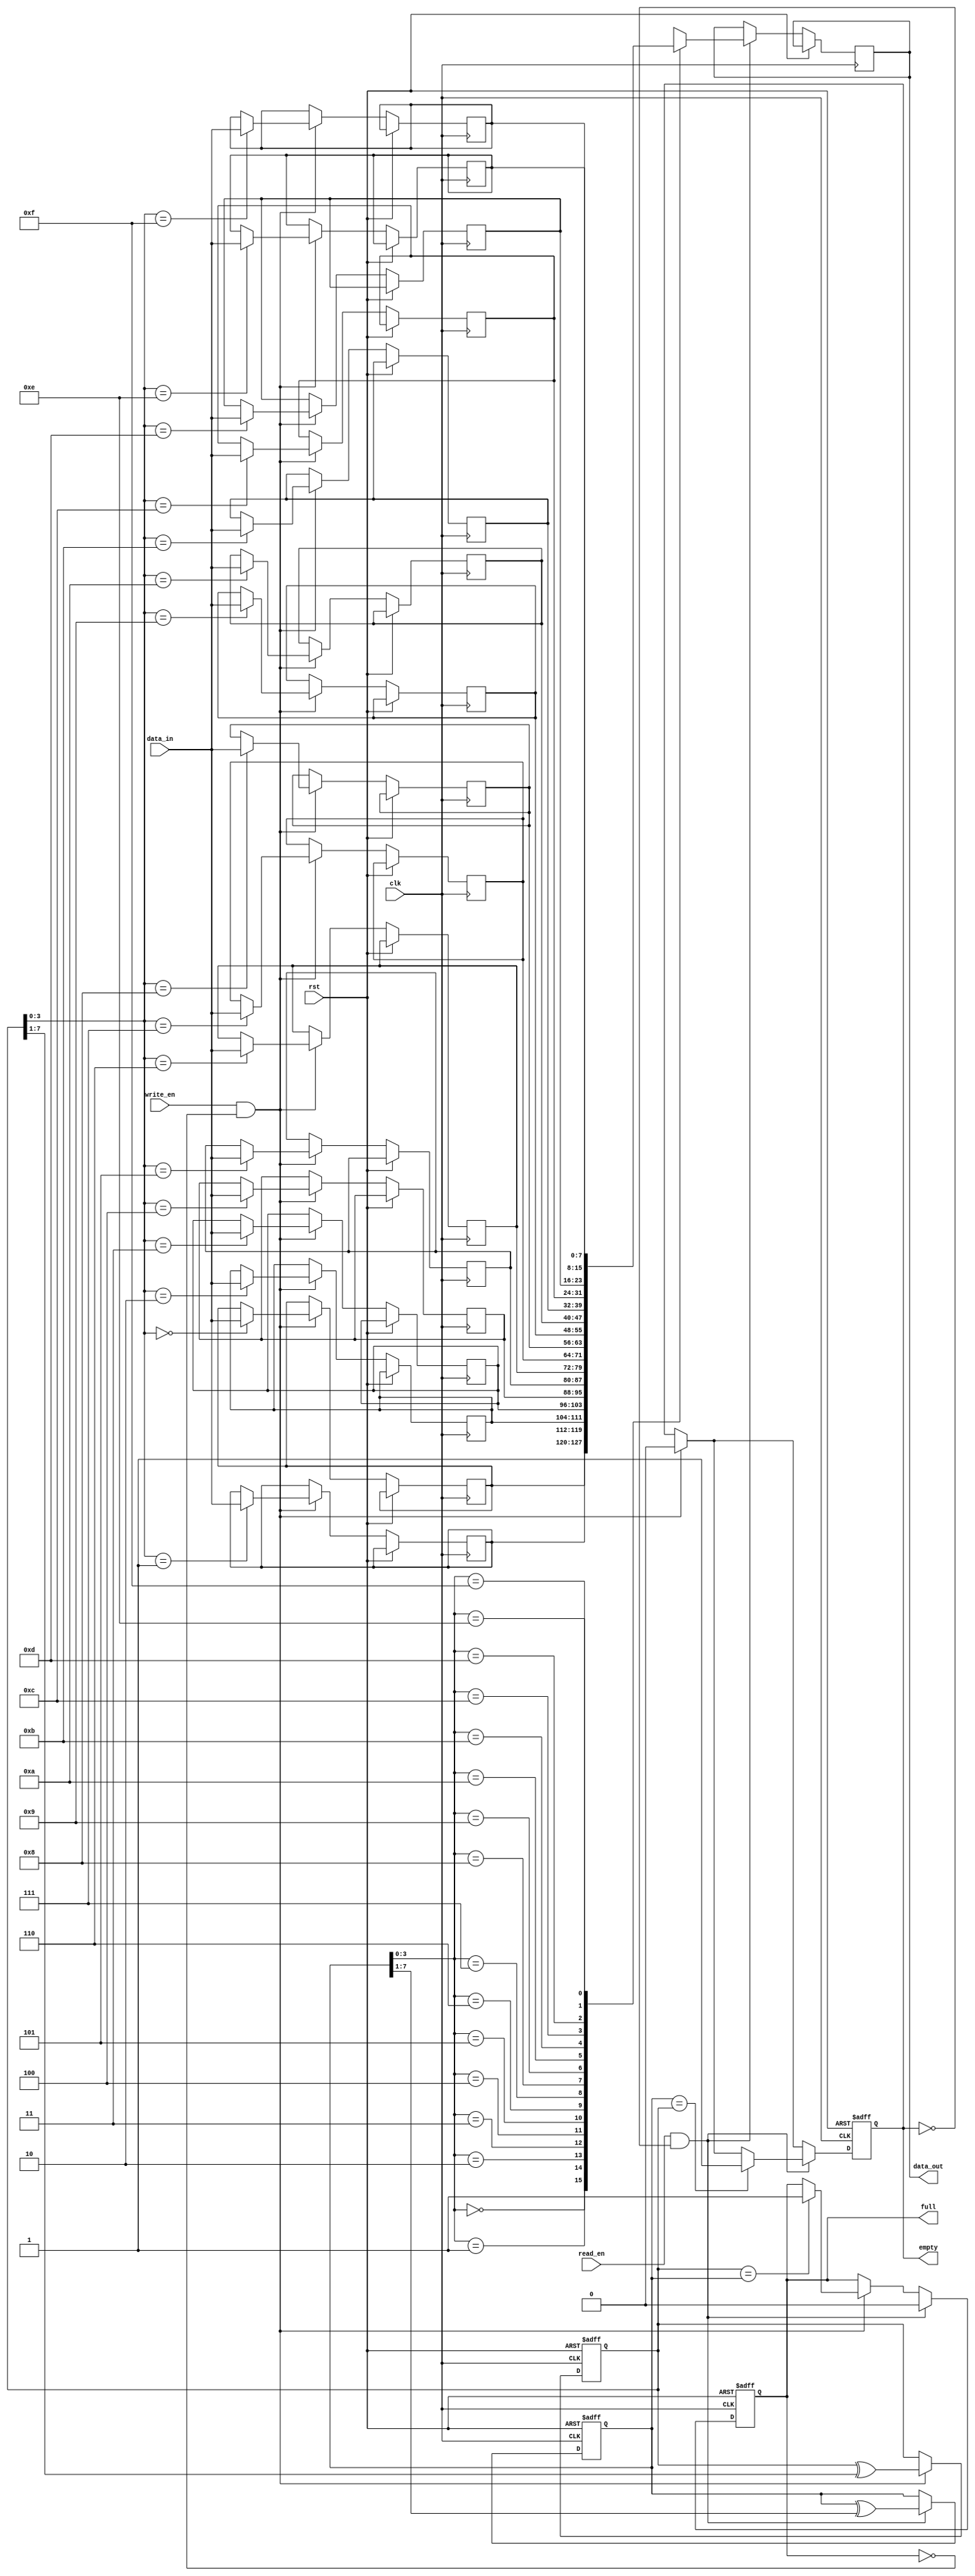
module Gray_FIFO (
    input wire clk,
    input wire rst,
    input wire write_en,
    input wire [DATA_WIDTH-1:0] data_in,
    input wire read_en,
    output wire [DATA_WIDTH-1:0] data_out,
    output wire full,
    output wire empty
);

parameter DATA_WIDTH = 8;
parameter FIFO_DEPTH = 16;

reg [DATA_WIDTH-1:0] fifo [0:FIFO_DEPTH-1];
reg [DATA_WIDTH-1:0] read_ptr;
reg [DATA_WIDTH-1:0] write_ptr;
reg [DATA_WIDTH-1:0] next_write_ptr;
reg [DATA_WIDTH-1:0] next_read_ptr;
reg full_reg;
reg empty_reg;

//Gray code logic
always @* begin
    next_write_ptr = write_ptr ^ (write_ptr >> 1);
    next_read_ptr = read_ptr ^ (read_ptr >> 1);
end

//FIFO control logic
always @(posedge clk or posedge rst) begin
    if (rst) begin
        write_ptr <= 0;
        read_ptr  <= 0;
        full_reg  <= 0;
        empty_reg <= 1;
    end else begin
        if (write_en && !full_reg) begin
            fifo[write_ptr] <= data_in;
            write_ptr <= next_write_ptr;
            empty_reg <= 0;
            if (write_ptr == read_ptr) begin
                full_reg <= 1;
            end
        end
        if (read_en && !empty_reg) begin
            data_out <= fifo[read_ptr];
            read_ptr <= next_read_ptr;
            full_reg <= 0;
            if (read_ptr == write_ptr) begin
                empty_reg <= 1;
            end
        end
    end
end

assign full = full_reg;
assign empty = empty_reg;

endmodule